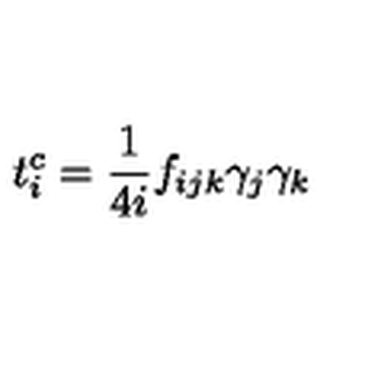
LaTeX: t _ { i } ^ { c } = \frac { 1 } { 4 i } f _ { i j k } \gamma _ { j } \gamma _ { k }